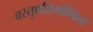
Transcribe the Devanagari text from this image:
वस्तुप्रतियोगिता